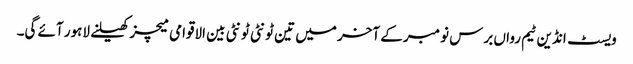
ویسٹ انڈین ٹیم رواں برس نومبر کے آخر میں تین ٹونٹی ٹونٹی بین الاقوامی میچز کھیلنے لاہور آئے گی۔